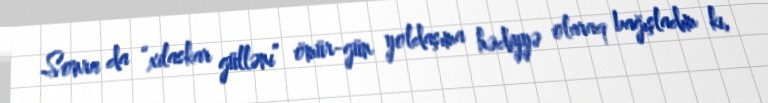
Sonra da “xilaskar gülləni” ömür-gün yoldaşıma hədiyyə olaraq bağışladım ki,